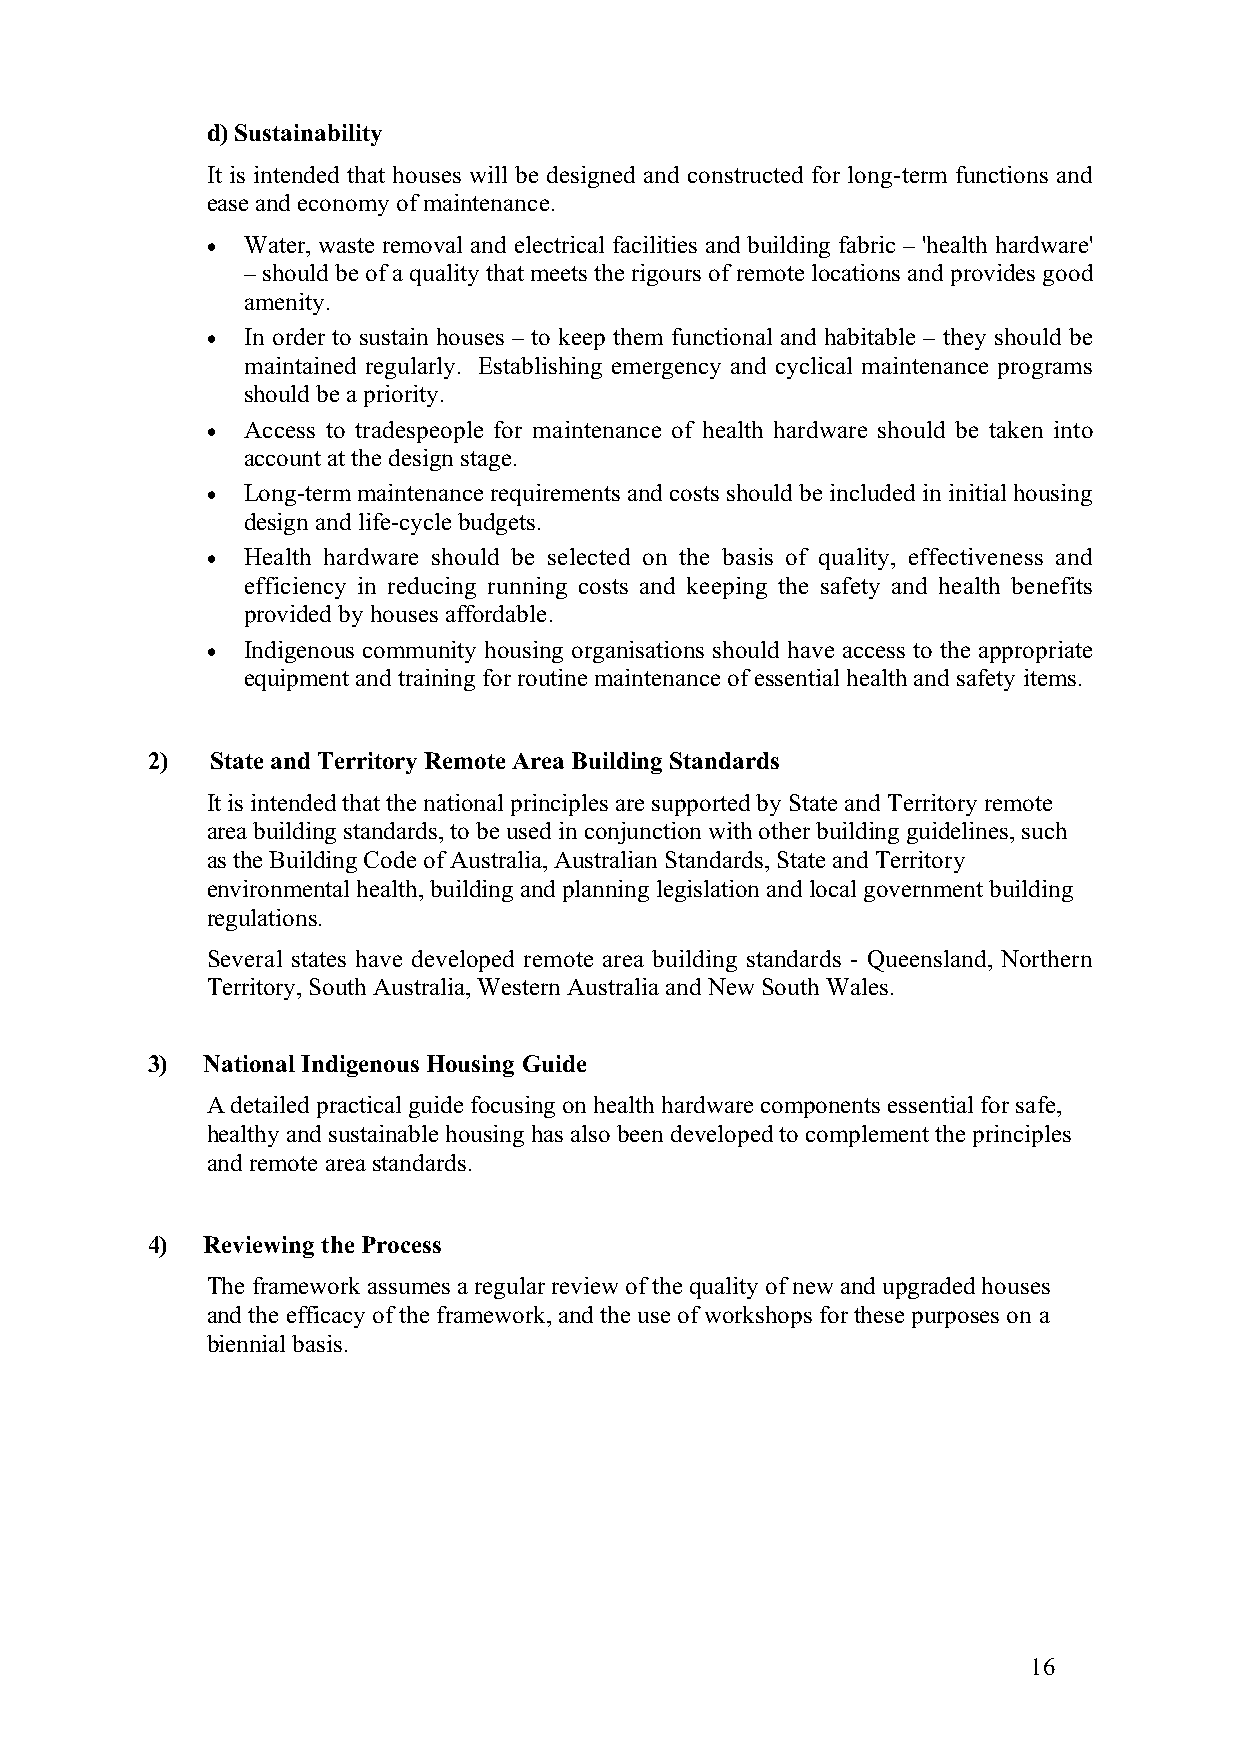
d) Sustainability
 It is intended that houses will be designed and constructed for long-term functions and
 ease and economy of maintenance.
 • Water, waste removal and electrical facilities and building fabric – 'health hardware'
 – should be of a quality that meets the rigours of remote locations and provides good
 amenity.
 • In order to sustain houses – to keep them functional and habitable – they should be
 maintained regularly. Establishing emergency and cyclical maintenance programs
 should be a priority.
 • Access to tradespeople for maintenance of health hardware should be taken into
 account at the design stage.
 • Long-term maintenance requirements and costs should be included in initial housing
 design and life-cycle budgets.
 • Health hardware should be selected on the basis of quality, effectiveness and
 efficiency in reducing running costs and keeping the safety and health benefits
 provided by houses affordable.
 • Indigenous community housing organisations should have access to the appropriate
 equipment and training for routine maintenance of essential health and safety items.
 2)  State and Territory Remote Area Building Standards
 It is intended that the national principles are supported by State and Territory remote
 area building standards, to be used in conjunction with other building guidelines, such
 as the Building Code of Australia, Australian Standards, State and Territory
 environmental health, building and planning legislation and local government building
 regulations.
 Several states have developed remote area building standards - Queensland, Northern
 Territory, South Australia, Western Australia and New South Wales.
 3)  National Indigenous Housing Guide
 A detailed practical guide focusing on health hardware components essential for safe,
 healthy and sustainable housing has also been developed to complement the principles
 and remote area standards.
 4)  Reviewing the Process
 The framework assumes a regular review of the quality of new and upgraded houses
 and the efficacy of the framework, and the use of workshops for these purposes on a
 biennial basis.
 16